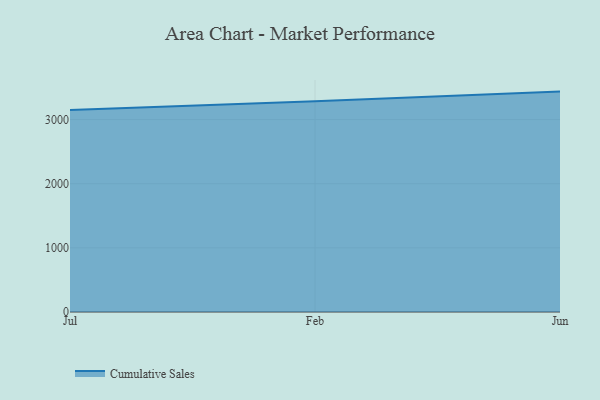
{"axis": {"x": "Month", "y": "Active Users"}, "legend": ["Cumulative Sales"], "data": [{"x": "Jul", "y": 3147.1, "type": "Cumulative Sales"}, {"x": "Feb", "y": 3285.0, "type": "Cumulative Sales"}, {"x": "Jun", "y": 3435.8, "type": "Cumulative Sales"}]}